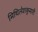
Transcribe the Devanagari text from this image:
मिथिलेशकुमारी